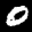
Label: 0